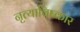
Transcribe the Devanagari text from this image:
नृत्याविष्कार